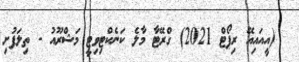
_ (އީއައިއޭ ރިޕޯޓް 2021) ގްރޭޓާ މާލެ ކަނެކްޓިވިޓީ މަޝްރޫއު - ތިލަފުށި